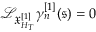
\mathcal { L } _ { \mathfrak { X } _ { H _ { T } } ^ { [ 1 ] } } \gamma _ { n } ^ { [ 1 ] } ( \mathfrak { s } ) = 0